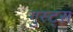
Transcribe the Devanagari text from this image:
गुस्ट्स